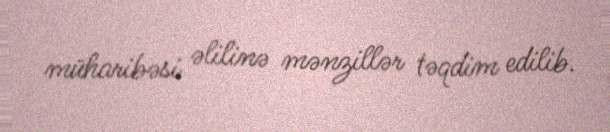
müharibəsi əlilinə mənzillər təqdim edilib.